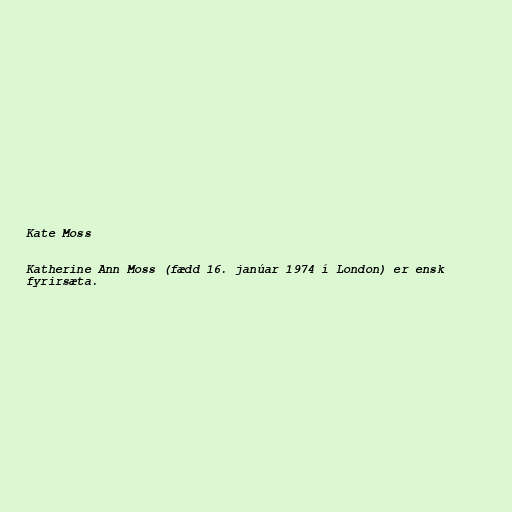
Kate Moss

Katherine Ann Moss (fædd 16. janúar 1974 í London) er ensk
fyrirsæta.